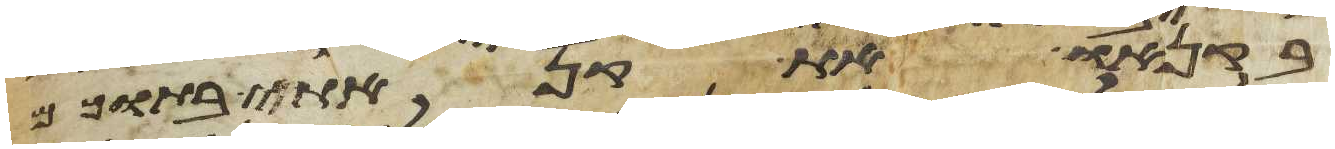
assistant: בקנאו את קנאתי בתוכם